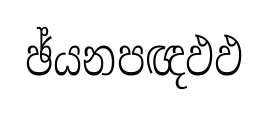
ඡ්යනපඥඵඵ